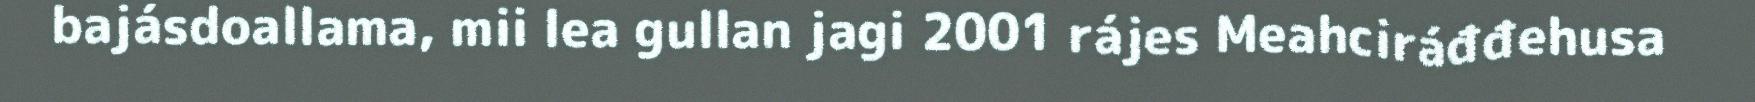
bajásdoallama, mii lea gullan jagi 2001 rájes Meahciráđđehusa